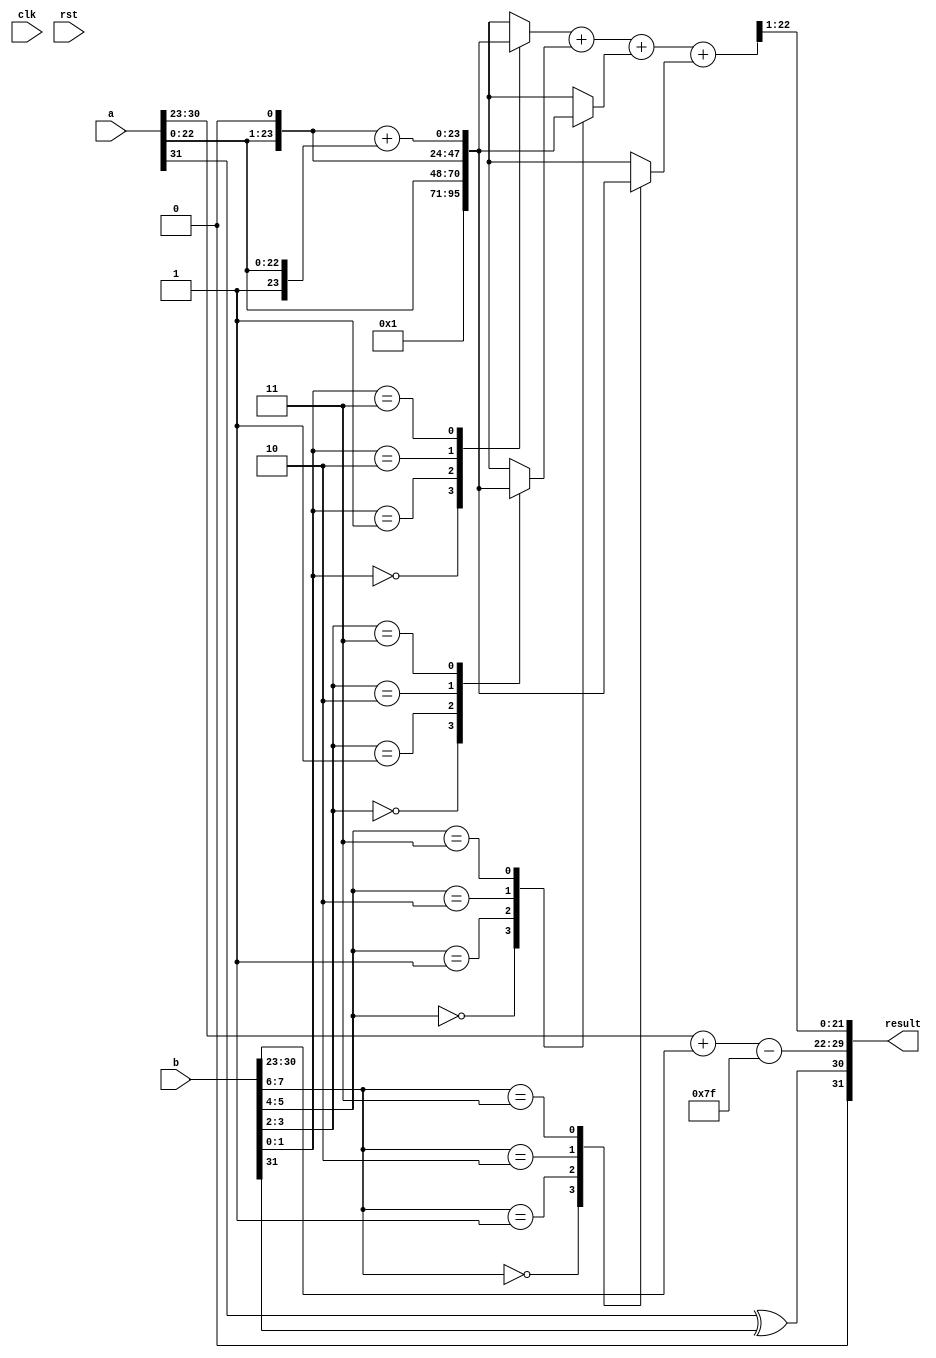
module radix4_fp_multiplier (
    input wire clk,
    input wire rst,
    input wire [31:0] a, // Input floating-point number A
    input wire [31:0] b, // Input floating-point number B
    output reg [31:0] result // Output floating-point number
);

    // IEEE 754 parameters
    parameter EXPONENT_WIDTH = 8;
    parameter MANTISSA_WIDTH = 23;
    parameter BIAS = 127;

    // Extracting fields from the input floating-point numbers
    wire sign_a = a[31];
    wire sign_b = b[31];
    wire [EXPONENT_WIDTH-1:0] exp_a = a[30:23];
    wire [EXPONENT_WIDTH-1:0] exp_b = b[30:23];
    wire [MANTISSA_WIDTH:0] mant_a = {1'b1, a[22:0]}; // Implicit leading 1
    wire [MANTISSA_WIDTH:0] mant_b = {1'b1, b[22:0]}; // Implicit leading 1

    // Sign of the result
    wire sign_result = sign_a ^ sign_b;

    // Exponent calculation
    wire [EXPONENT_WIDTH:0] exp_result = (exp_a + exp_b) - BIAS;

    // Mantissa multiplication using Radix-4 Booth's algorithm
    reg [2*MANTISSA_WIDTH:0] mant_product;
    reg [MANTISSA_WIDTH:0] partial_product[0:3]; // 4 partial products
    integer i;

    always @(*) begin
        // Initialize partial products
        for (i = 0; i < 4; i = i + 1) begin
            partial_product[i] = 0;
        end

        // Radix-4 Booth's encoding
        for (i = 0; i < MANTISSA_WIDTH; i = i + 2) begin
            case ({mant_b[i+1], mant_b[i]})
                2'b00: partial_product[i/2] = 0; // 0
                2'b01: partial_product[i/2] = mant_a; // A
                2'b10: partial_product[i/2] = mant_a << 1; // A << 1
                2'b11: partial_product[i/2] = (mant_a << 1) + mant_a; // A + (A << 1)
            endcase
        end

        // Sum the partial products
        mant_product = partial_product[0] + partial_product[1] + partial_product[2] + partial_product[3];
    end

    // Normalization and rounding (simplified)
    reg [MANTISSA_WIDTH:0] mant_final;
    reg [EXPONENT_WIDTH:0] exp_final;

    always @(*) begin
        // Normalize the mantissa
        if (mant_product[MANTISSA_WIDTH*2] == 1) begin
            mant_final = mant_product[MANTISSA_WIDTH*2-1:MANTISSA_WIDTH]; // Shift right
            exp_final = exp_result + 1; // Adjust exponent
        end else begin
            mant_final = mant_product[MANTISSA_WIDTH-1:0]; // Keep as is
            exp_final = exp_result; // No adjustment
        end

        // Rounding (simple round to nearest)
        if (mant_final[MANTISSA_WIDTH] == 1) begin
            mant_final = mant_final + 1; // Round up
        end

        // Construct the final result
        result = {sign_result, exp_final[EXPONENT_WIDTH-1:0], mant_final[MANTISSA_WIDTH-1:1]};
    end

endmodule